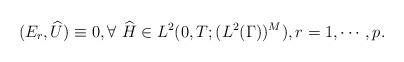
LaTeX: \begin{align*} (E_r,\widehat {U}) \equiv 0, \forall~ \widehat H \in L^2 (0, T; (L^2 (\Gamma))^M),r=1,\cdots, p.\end{align*}